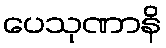
ပေသုဏာနိ